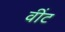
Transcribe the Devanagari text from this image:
वींट